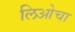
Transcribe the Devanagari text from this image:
लिओचा